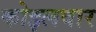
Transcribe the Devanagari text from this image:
कोइलवार